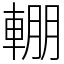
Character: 輣